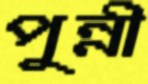
পুন্নী